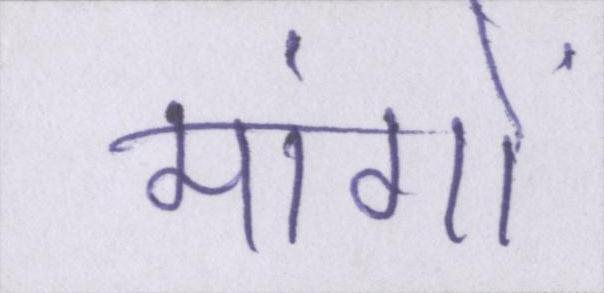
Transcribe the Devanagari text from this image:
मांगों